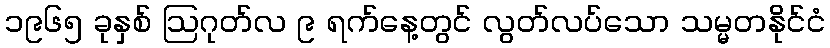
၁၉၆၅ ခုနှစ် ဩဂုတ်လ ၉ ရက်နေ့တွင် လွတ်လပ်သော သမ္မတနိုင်ငံ